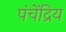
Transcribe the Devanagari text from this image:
पंचेंद्रिय